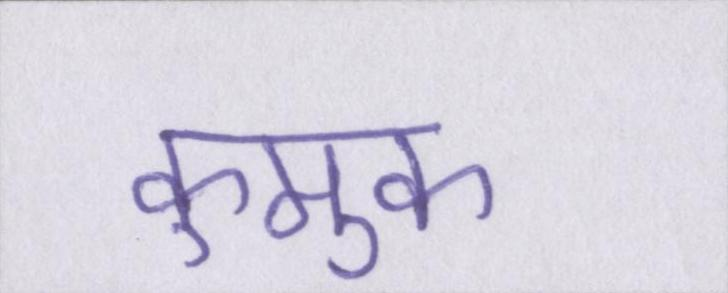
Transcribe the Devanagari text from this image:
कुमुक